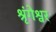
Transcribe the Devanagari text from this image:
श्रृंगेश्वर